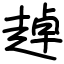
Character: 趠